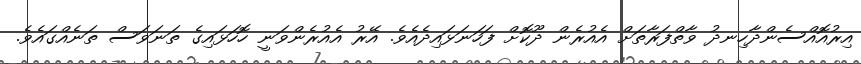
އިރުއޮއްސެންދާހިނދު ވާތްފަރާތަށް އެއުރެން ދޫކޮށް ފަހަނަޅައިދެއެވެ. އޭރު އެއުރެންވަނީ ހޮހަޅައިގެ ތަނަވަސް ތަނެއްގައެވެ.